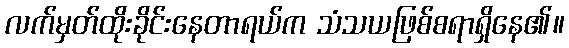
လက်မှတ်ထိုးခိုင်းနေတာရယ်က သံသယဖြစ်စရာရှိနေ၏။